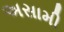
અસામી